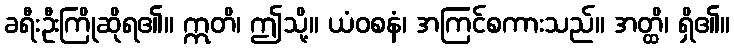
ခရီးဦးကြိုဆိုရ၏။ ဣတိ၊ ဤသို့။ ယံဝစနံ၊ အကြင်စကားသည်။ အတ္ထိ၊ ရှိ၏။